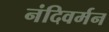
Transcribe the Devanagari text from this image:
नंदिवर्मन